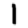
Digit: 1